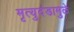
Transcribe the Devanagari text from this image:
मृत्युदंडामुळे